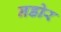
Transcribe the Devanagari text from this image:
नडोर